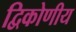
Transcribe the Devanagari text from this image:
द्विकोणीय